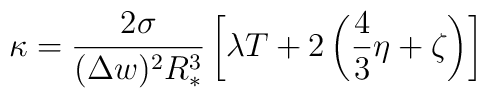
\kappa = \frac{2\sigma}{(\Delta w)^2 R_*^3} \left[ \lambda T +2 \left( \frac{4}{3}\eta + \zeta \right) \right]